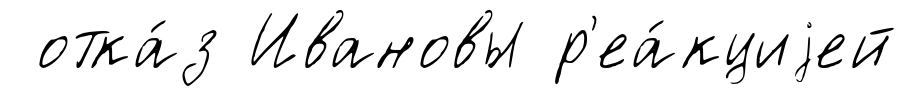
отка́з Ивановы р'еа́кциjей